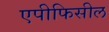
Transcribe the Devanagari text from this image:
एपीफिसील